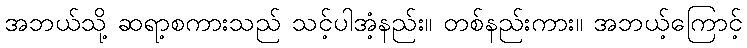
အဘယ်သို့ ဆရာ့စကားသည် သင့်ပါအံ့နည်း။ တစ်နည်းကား။ အဘယ့်ကြောင့်